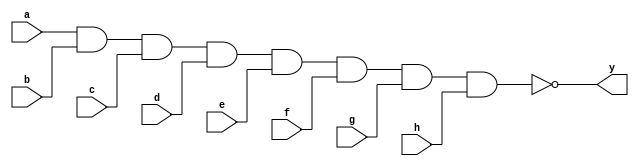
module sn74ls30(y, a, b, c, d, e, f, g, h);
input a, b, c, d, e, f, g, h;
output y;
parameter
	// TI TTL data book Vol 1, 1985
	tPLH_min=0, tPLH_typ=8, tPLH_max=15,
	tPHL_min=0, tPHL_typ=13, tPHL_max=20;

	nand #(tPLH_min : tPLH_typ : tPLH_max,
	  tPHL_min : tPHL_typ : tPHL_max)
	(y, a, b, c, d, e, f, g, h);

endmodule